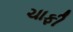
ચાફી